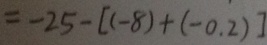
= - 2 5 - [ ( - 8 ) + ( - 0 . 2 ) ]